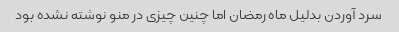
سرد آوردن بدلیل ماه رمضان اما چنین چیزی در منو نوشته نشده بود